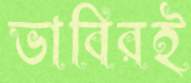
ভাবিরই